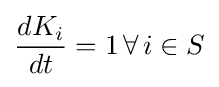
{\frac {dK_{i}}{dt}}=1\,\forall \,i\in S